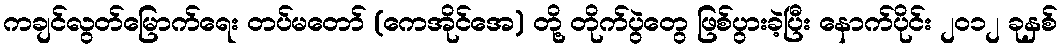
ကချင်လွတ်မြောက်ရေး တပ်မတော် (ကေအိုင်အေ) တို့ တိုက်ပွဲတွေ ဖြစ်ပွားခဲ့ပြီး နောက်ပိုင်း ၂၀၁၂ ခုနှစ်